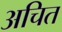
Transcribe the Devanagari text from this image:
अचित